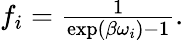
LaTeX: \begin{array}{r}{f_{i}=\frac{1}{\exp(\beta\omega_{i})-1}.}\end{array}